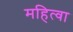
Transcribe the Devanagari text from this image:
महित्वा